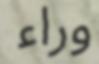
وراء